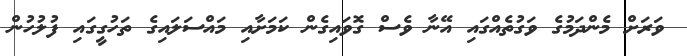
ވަރަށް މެންދަމުގެ ވަގުތެއްގައި އޭނާ ވެސް ގޮވައިގެން ކަމަށާއި މައްސަލައިގެ ތަހުގީގައި ފުލުހުން